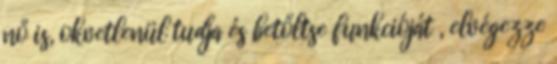
nő is, okvetlenül tudja és betőltse funkcióját , elvégezze